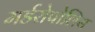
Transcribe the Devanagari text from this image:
मर्डरोपोलिस